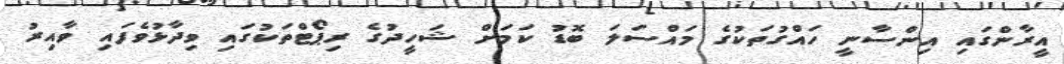
އީރާންގައި އިންސާނީ ހައްގުތަކުގެ މައްސަލަ ބޮޑު ކަމަށް ޝަހީދުގެ ރިޕޯޓްތަކުގައި ވިދާޅުވެފައި ވާއިރު